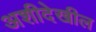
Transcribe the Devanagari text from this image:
अशीदेखील